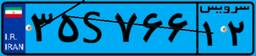
۹۸S۳۰۵۹۵